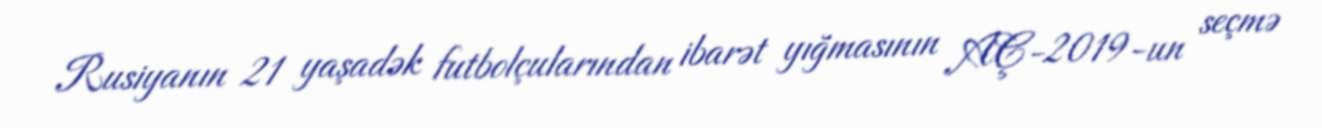
Rusiyanın 21 yaşadək futbolçularından ibarət yığmasının AÇ-2019-un seçmə